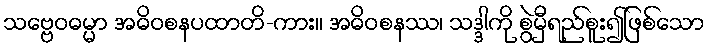
သဗ္ဗေဝဓမ္မာ အဓိဝစနပထာတိ-ကား။ အဓိဝစနဿ၊ သဒ္ဒါကို စွဲမှီရည်စူး၍ဖြစ်သော